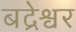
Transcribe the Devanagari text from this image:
बद्रेश्वर